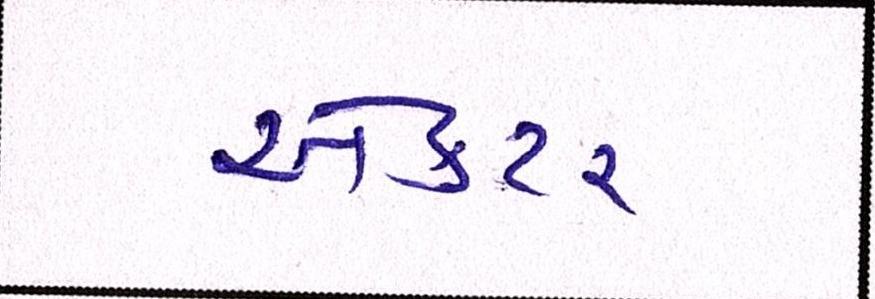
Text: ઍક્ટર